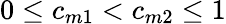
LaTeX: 0\leq c_{m1}<c_{m2}\leq 1